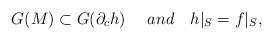
\begin{align*}G(M)\subset G(\partial_c h)\ \ \ \ and \ \ \ h|_S=f|_S,\end{align*}